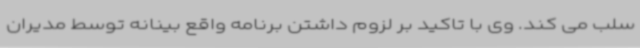
سلب می کند. وی با تاکید بر لزوم داشتن برنامه واقع بینانه توسط مدیران